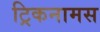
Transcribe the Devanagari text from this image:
ट्रिकनामस